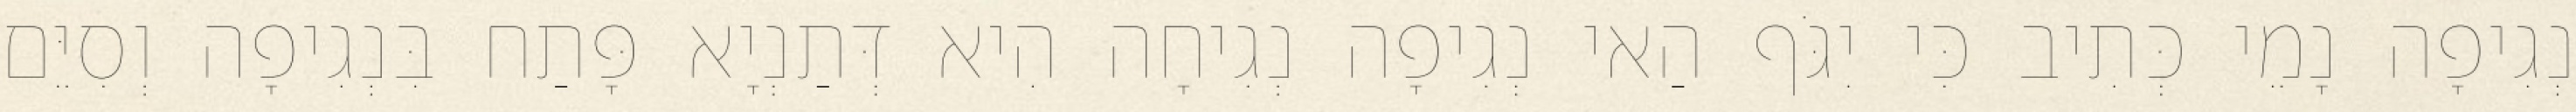
נְגִיפָה נָמֵי כְּתִיב כִּי יִגֹּף הַאי נְגִיפָה נְגִיחָה הִיא דְּתַנְיָא פָּתַח בִּנְגִיפָה וְסִיֵּם